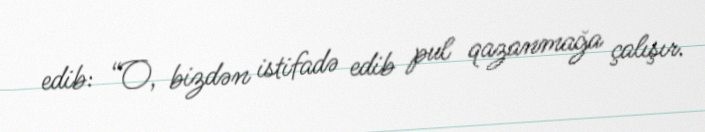
edib: “O, bizdən istifadə edib pul qazanmağa çalışır.